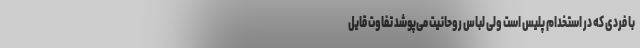
با فردی که در استخدام پلیس است ولی لباس روحانیت می‌پوشد تفاوت قایل